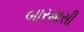
બારમાસી